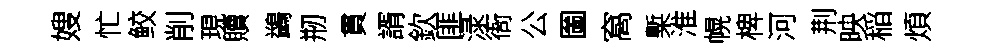
嫂忙鲛削現贖鷁剏貫諝欽匪渌衙公圗窩槧淮幌椑河荆映稲煩